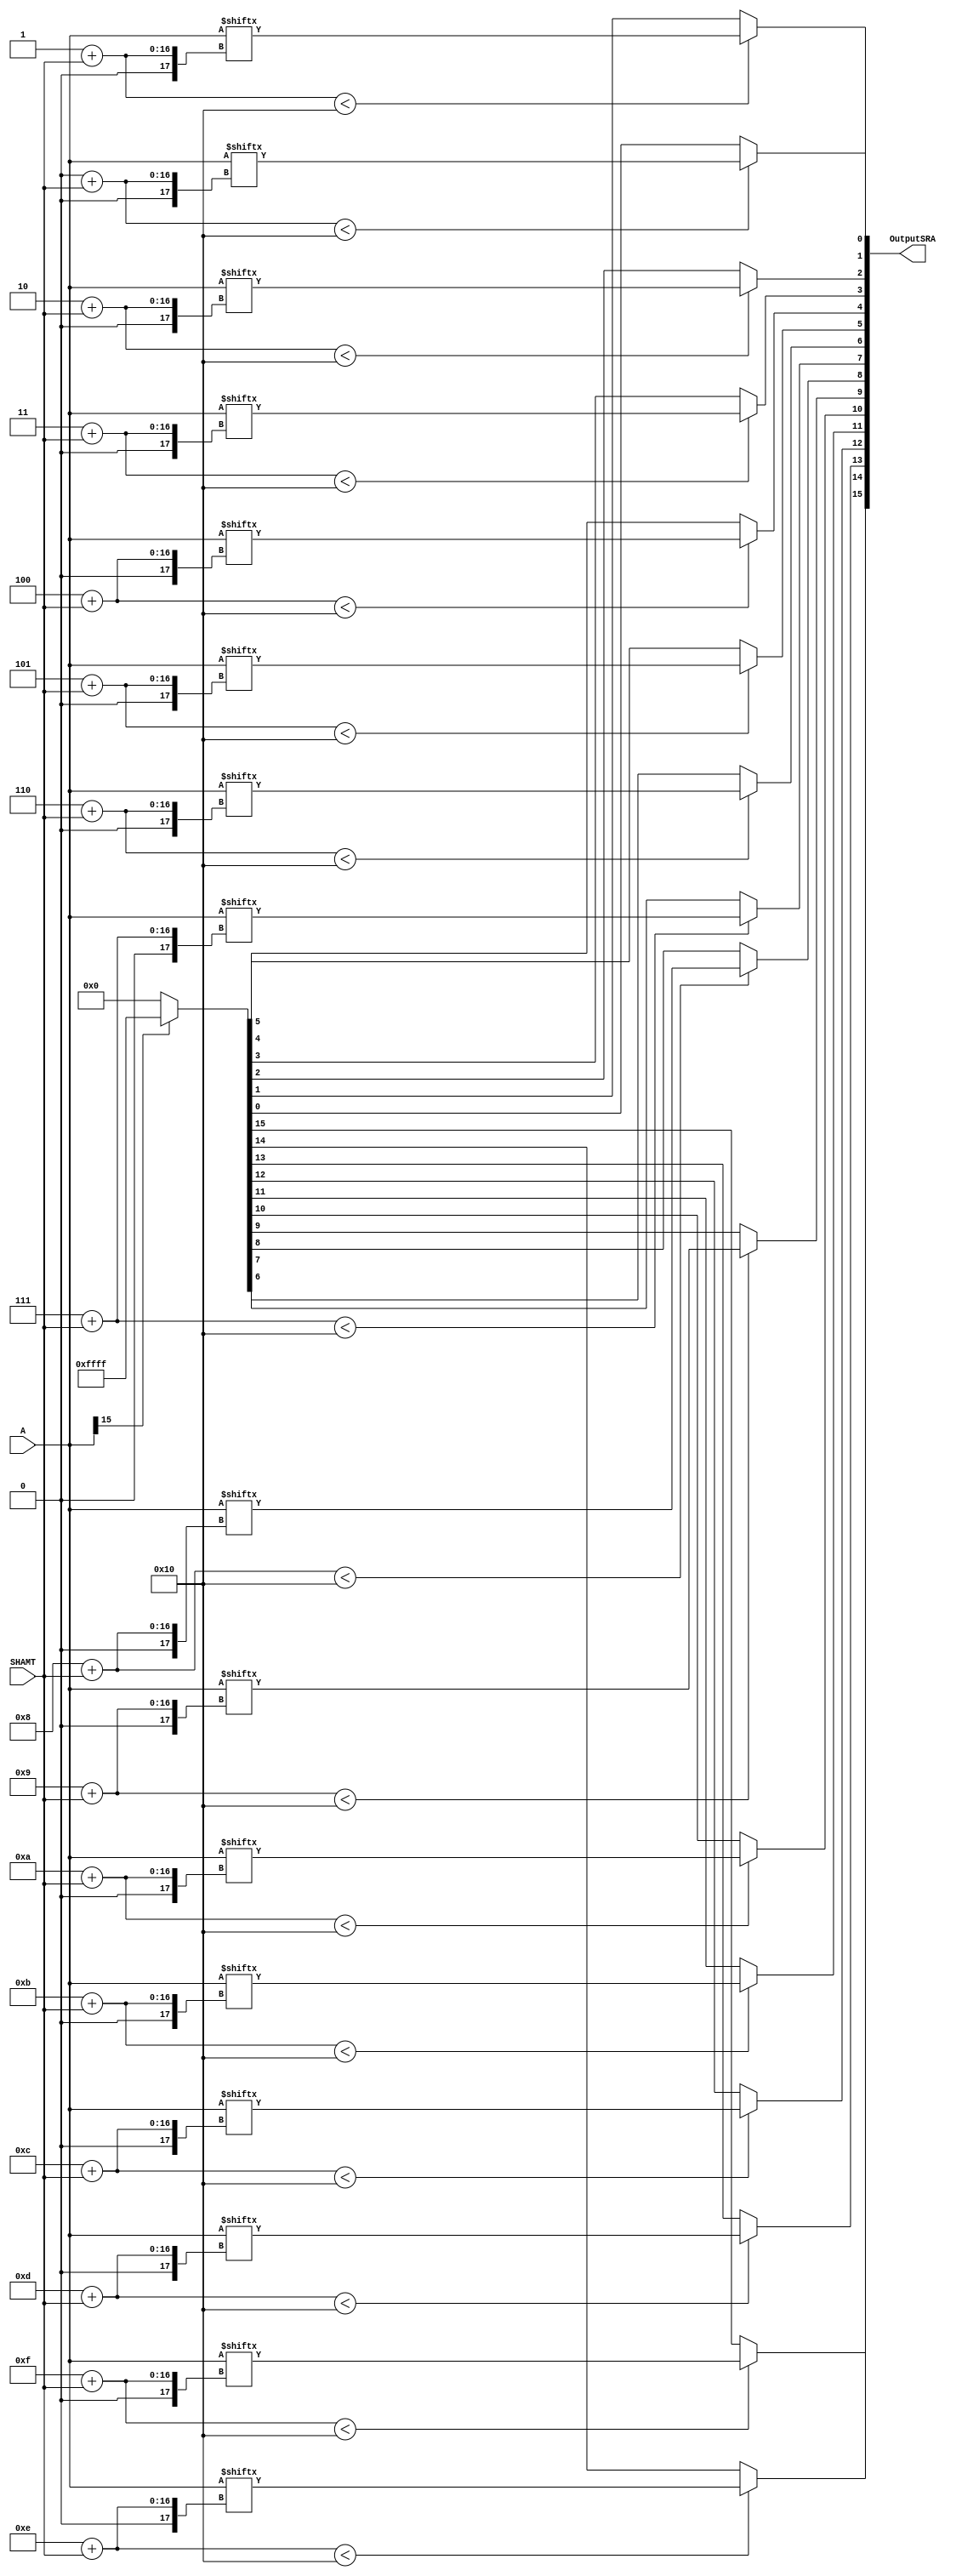
`timescale 1ns / 1ps
//////////////////////////////////////////////////////////////////////////////////
// Company: 
// Engineer: 
// 
// Design Name: 
// Module Name: SRA
// Project Name: 
// Target Devices: 
// Tool Versions: 
// Description: 
// 
// Dependencies: 
// 
// Revision:
// Revision 0.01 - File Created
// Additional Comments:
// 
//////////////////////////////////////////////////////////////////////////////////


module SRA(
    input [15:0] A,
    input [15:0] SHAMT,
    output [15:0] OutputSRA
    );
    reg [15:0] result;
    integer i;

    always@* begin
        result = (A[15] == 1) ? {16{1'b1}} : {16{1'b0}}; 

        for (i = 0; i < 16; i = i + 1) begin
            if (i + SHAMT < 16) begin
                result[i] = A[i + SHAMT];
            end
        end
    end

    assign OutputSRA = result;
endmodule